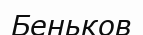
Беньков